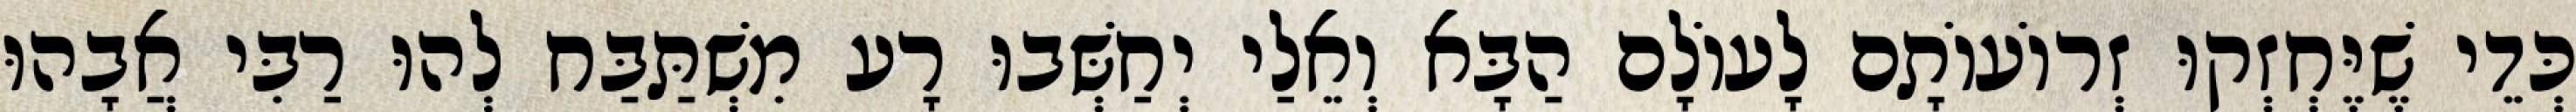
כְּדֵי שֶׁיֶּחְזְקוּ זְרוֹעוֹתָם לָעוֹלָם הַבָּא וְאֵלַי יְחַשְּׁבוּ רָע מִשְׁתַּבַּח לְהוּ רַבִּי אֲבָהוּ